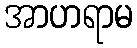
အာဟရာမ